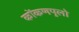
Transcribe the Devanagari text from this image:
कोंकणपुलो